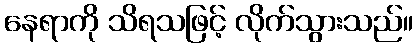
နေရာကို သိရသဖြင့် လိုက်သွားသည်။